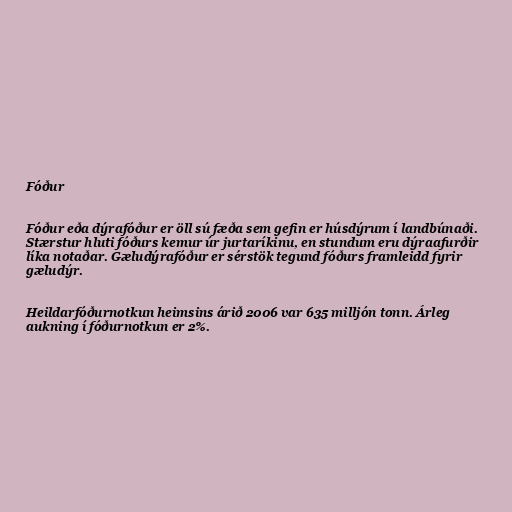
Fóður

Fóður eða dýrafóður er öll sú fæða sem gefin er húsdýrum í landbúnaði.
Stærstur hluti fóðurs kemur úr jurtaríkinu, en stundum eru dýraafurðir
líka notaðar. Gæludýrafóður er sérstök tegund fóðurs framleidd fyrir
gæludýr.

Heildarfóðurnotkun heimsins árið 2006 var 635 milljón tonn. Árleg
aukning í fóðurnotkun er 2%.